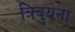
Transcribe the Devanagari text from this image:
त्रिबुयेना